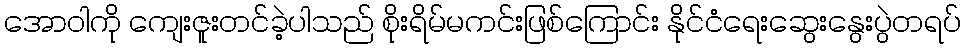
အောဝါကို ကျေးဇူးတင်ခဲ့ပါသည် စိုးရိမ်မကင်းဖြစ်ကြောင်း နိုင်ငံရေးဆွေးနွေးပွဲတရပ်